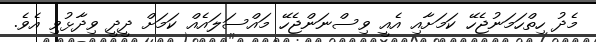
މެދު ހިތްހަމަނުޖެހޭ ކަމަށާއި އެއީ ވިސްނަންޖެހޭ މައްސަލައެއް ކަމަށް ދީދީ ވިދާޅުވި އެވެ.